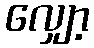
လျှော့